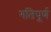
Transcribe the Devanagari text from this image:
गतिपूर्ण